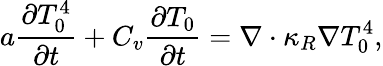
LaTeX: a\frac{\partial T_{0}^{4}}{\partial t}+C_{v}\frac{\partial T_{0}}{\partial t}=\nabla\cdot\kappa_{R}\nabla T_{0}^{4},